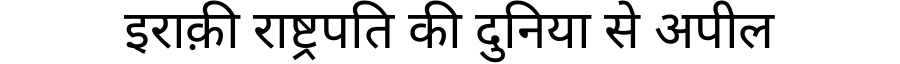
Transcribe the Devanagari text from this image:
इराक़ी राष्ट्रपति की दुनिया से अपील